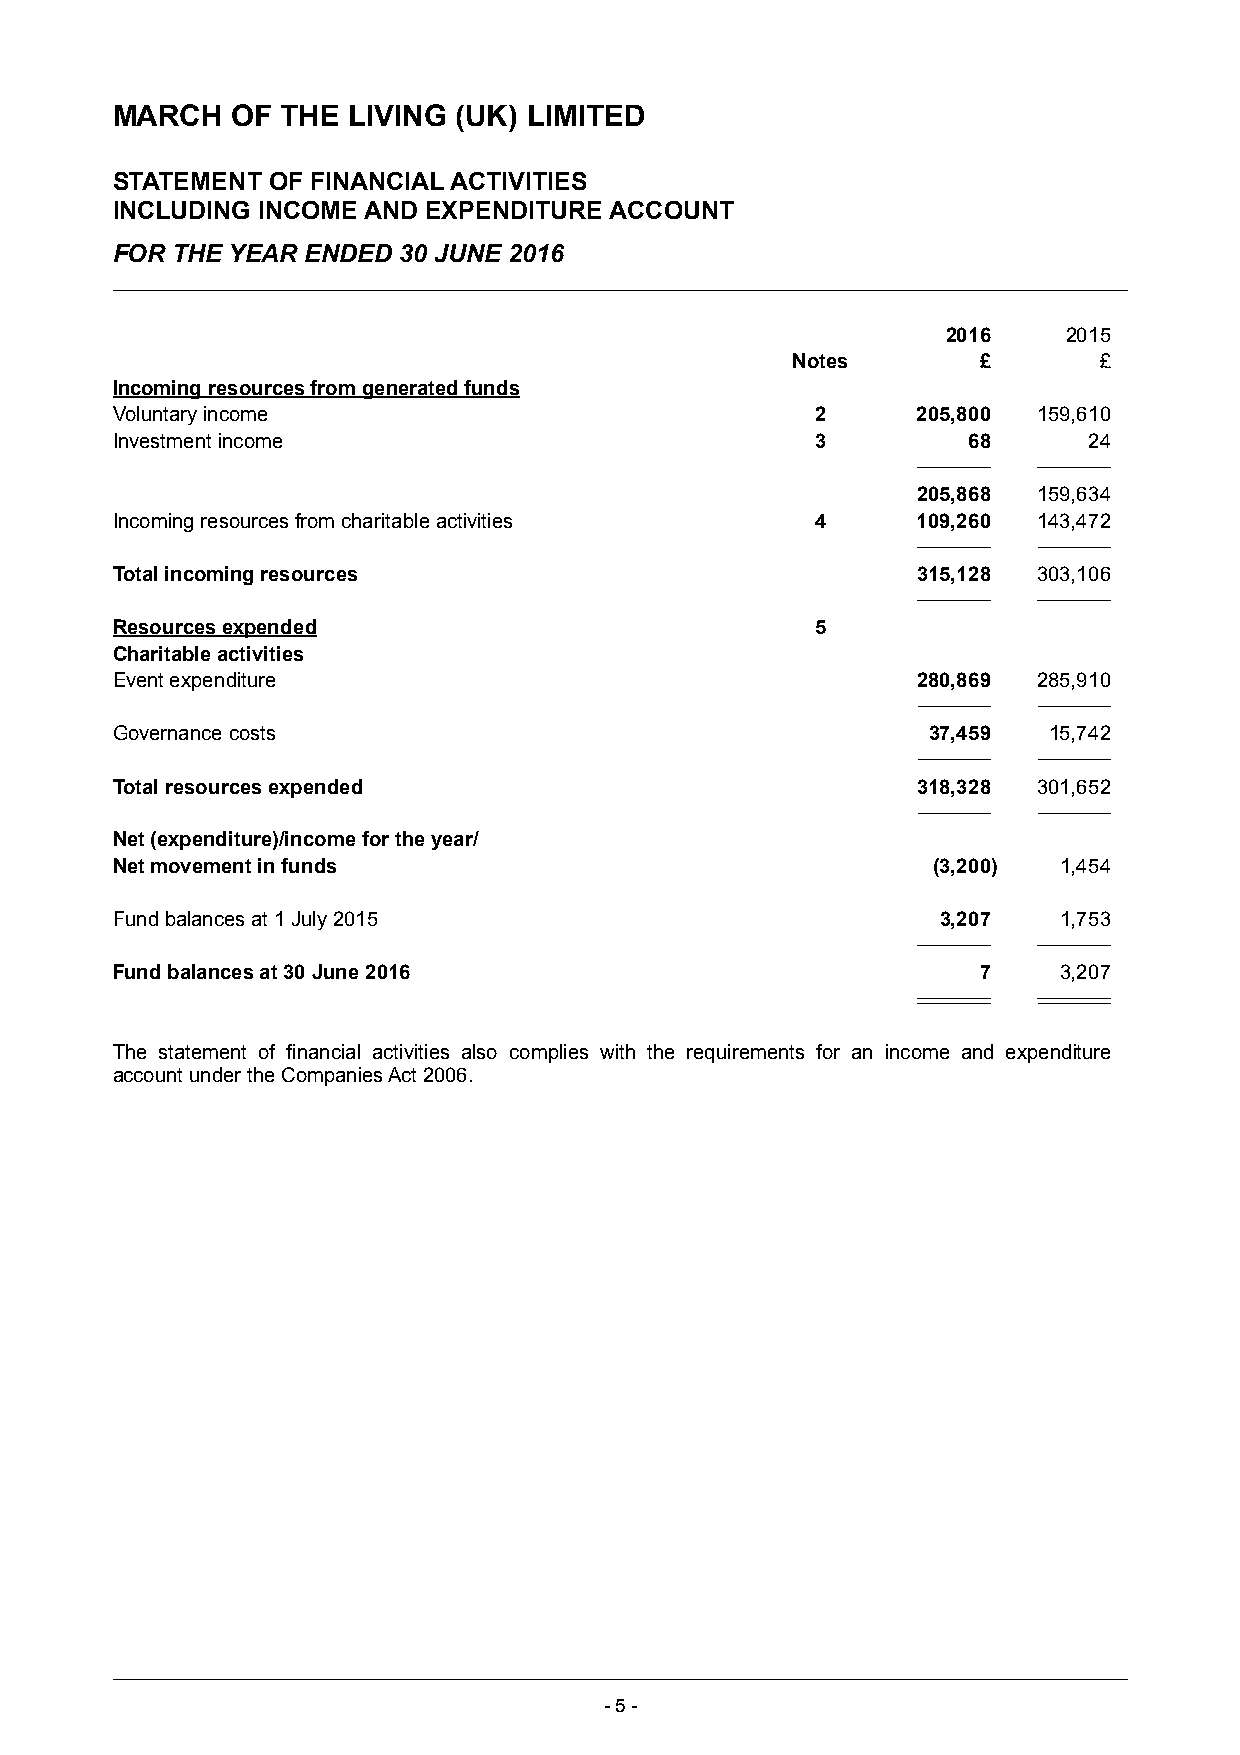
MARCH   OF  THE LIVING (UK) LIMITED
 STATEMENT  OF FINANCIAL ACTIVITIES
 INCLUDING INCOME AND EXPENDITURE ACCOUNT
 FOR THE YEAR ENDED 30 JUNE 2016
 2016    2015
 Notes        £       £
 Incoming resources from generated funds
 Voluntary income                               2      205,800 159,610
 Investment income                              3         68      24
 205,868 159,634
 Incoming resources from charitable activities  4      109,260 143,472
 Total incoming resources                              315,128 303,106
 Resources expended                             5
 Charitable activities
 Event expenditure                                     280,869 285,910
 Governance costs                                      37,459  15,742
 Total resources expended                              318,328 301,652
 Net (expenditure)/income for the year/
 Net movement in funds                                  (3,200) 1,454
 Fund balances at 1 July 2015                           3,207   1,753
 Fund balances at 30 June 2016                             7    3,207
 The statement of financial activities also complies with the requirements for an income and expenditure
 account under the Companies Act 2006.
 -5 -